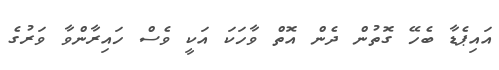
އައިޕެޑާ ބެހޭ ގޮތުން ދެން އޮތް ވާހަކަ އަކީ ވެސް ހައިރާންވާ ވަރުގެ